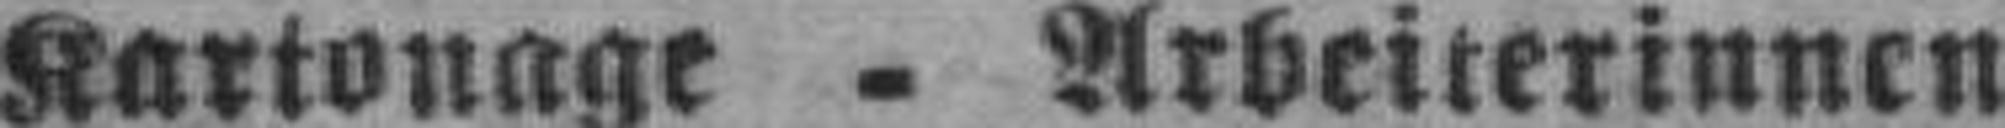
Kartonage - Arbeiterinnen